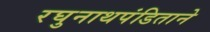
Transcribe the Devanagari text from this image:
रघुनाथपंडिताने